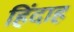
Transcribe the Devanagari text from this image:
हिंदाह